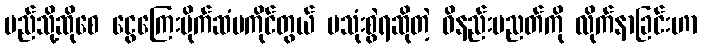
မည်သို့ဆိုစေ ငွေကြေးပိုက်ဆံမကိုင်တွယ် မသုံးစွဲရဆိုတဲ့ ဝိနည်းပညတ်ကို လိုက်နာခြင်းဟာ